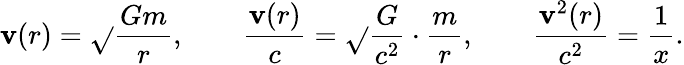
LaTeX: \mathbf{v}(r)=\sqrt{}{{\frac{{Gm}}{{r}}}},\qquad\frac{{\mathbf{v}(r)}}{{c}}=\sqrt{}{{\frac{{G}}{{c^{2}}}\cdot\frac{{m}}{{r}}}},\qquad\frac{{\mathbf{v}^{2}(r)}}{{c^{2}}}=\frac{{1}}{{x}}.